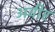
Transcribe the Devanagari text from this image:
अवीर